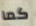
كما